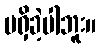
မရှိခဲ့ပါဘူး။